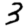
Digit: 3